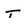
Character: t